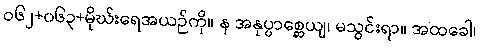
ဝ၆၂+၀၆၃+မိုဃ်းရေအယဉ်ကို။ န အနုပ္ပာစ္ဆေယျ၊ မသွင်းရာ။ အထခေါ၊